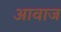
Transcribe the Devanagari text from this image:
अावाज